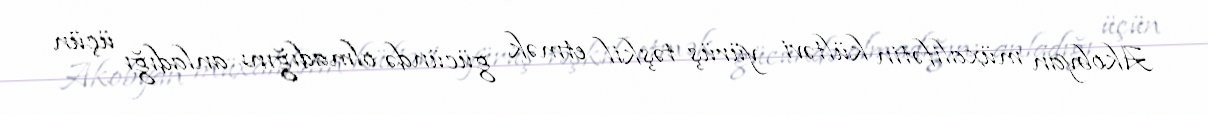
Akobyan müxalifətin kültəvi yürüş təşkil etmək gücündə olmadığını anladığı üçün